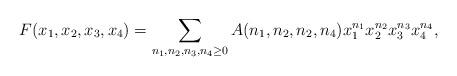
LaTeX: \begin{align*} F (x_1, x_2, x_3, x_4) = \sum_{n_1, n_2, n_3, n_4 \geq 0} A (n_1, n_2, n_2, n_4) x_1^{n_1} x_2^{n_2} x_3^{n_3} x_4^{n_4}, \end{align*}